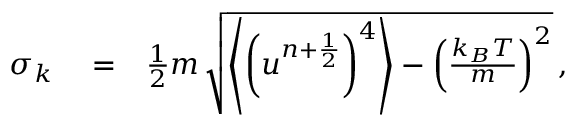
\begin{array} { r l r } { \sigma _ { k } } & { { } = } & { \frac { 1 } { 2 } m \, \sqrt { \left\langle \left( u ^ { n + \frac { 1 } { 2 } } \right) ^ { 4 } \right\rangle - \left( \frac { k _ { B } T } { m } \right) ^ { 2 } } \, , } \end{array}